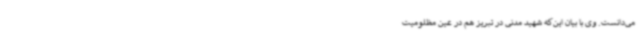
می‌دانست. وی با بیان این‌که شهید مدنی در تبریز هم در عین مظلومیت